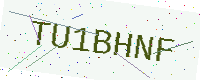
Text: TU1BHNF